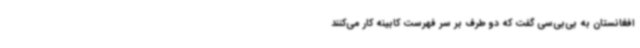
افغانستان به بی‌بی‌سی گفت که دو طرف بر سر فهرست کابینه کار می‌کنند